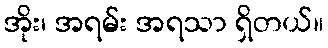
အိုး၊ အရမ်း အရသာ ရှိတယ်။